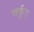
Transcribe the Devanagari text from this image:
सर्कुए